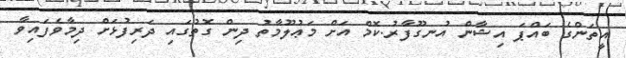
އީތަންގެ ބައްޕަ އިޝާން އުނގޫފާރު.ކޮމް އަށް މަޢުލޫމާތު ދިން ގޮތުގައި ދަރިފުޅަށް ދިމާވެފައިވާ